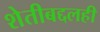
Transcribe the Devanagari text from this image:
शेतीबद्दलही